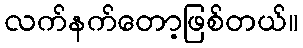
လက်နက်တော့ဖြစ်တယ်။